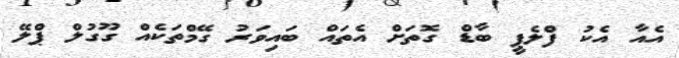
އެއާ އެކު ފްލެޕީ ބާޑް ގޮތަށް އެތައް ބައިވަރު ގޭމްތަކެއް ގޫގުލް ޕްލޭ